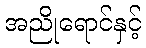
အညိုရောင်နှင့်